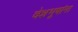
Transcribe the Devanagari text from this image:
वेशभूषांना